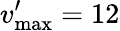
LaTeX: v_{\mathrm{max}}^{\prime}=12